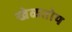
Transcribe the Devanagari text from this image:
खेळतोय